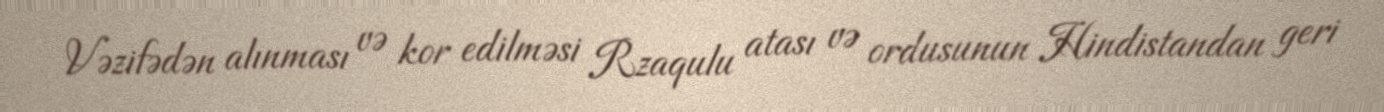
Vəzifədən alınması və kor edilməsi Rzaqulu atası və ordusunun Hindistandan geri